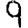
Digit: 9